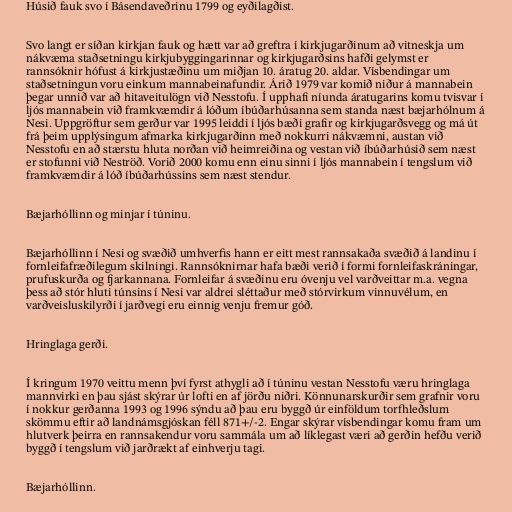
Húsið fauk svo í Básendaveðrinu 1799 og eyðilagðist.

Svo langt er síðan kirkjan fauk og hætt var að greftra í kirkjugarðinum að vitneskja um
nákvæma staðsetningu kirkjubyggingarinnar og kirkjugarðsins hafði gelymst er
rannsóknir hófust á kirkjustæðinu um miðjan 10. áratug 20. aldar. Vísbendingar um
staðsetningun voru einkum mannabeinafundir. Árið 1979 var komið niður á mannabein
þegar unnið var að hitaveitulögn við Nesstofu. Í upphafi níunda áratugarins komu tvisvar í
ljós mannabein við framkvæmdir á lóðum íbúðarhúsanna sem standa næst bæjarhólnum á
Nesi. Uppgröftur sem gerður var 1995 leiddi í ljós bæði grafir og kirkjugarðsvegg og má út
frá þeim upplýsingum afmarka kirkjugarðinn með nokkurri nákvæmni, austan við
Nesstofu en að stærstu hluta norðan við heimreiðina og vestan við íbúðarhúsið sem næst
er stofunni við Neströð. Vorið 2000 komu enn einu sinni í ljós mannabein í tengslum við
framkvæmdir á lóð íbúðarhússins sem næst stendur.

Bæjarhóllinn og minjar í túninu.

Bæjarhóllinn í Nesi og svæðið umhverfis hann er eitt mest rannsakaða svæðið á landinu í
fornleifafræðilegum skilningi. Rannsóknirnar hafa bæði verið í formi fornleifaskráningar,
prufuskurða og fjarkannana. Fornleifar á svæðinu eru óvenju vel varðveittar m.a. vegna
þess að stór hluti túnsins í Nesi var aldrei sléttaður með stórvirkum vinnuvélum, en
varðveisluskilyrði í jarðvegi eru einnig venju fremur góð.

Hringlaga gerði.

Í kringum 1970 veittu menn því fyrst athygli að í túninu vestan Nesstofu væru hringlaga
mannvirki en þau sjást skýrar úr lofti en af jörðu niðri. Könnunarskurðir sem grafnir voru
í nokkur gerðanna 1993 og 1996 sýndu að þau eru byggð úr einföldum torfhleðslum
skömmu eftir að landnámsgjóskan féll 871+/-2. Engar skýrar vísbendingar komu fram um
hlutverk þeirra en rannsakendur voru sammála um að líklegast væri að gerðin hefðu verið
byggð í tengslum við jarðrækt af einhverju tagi.

Bæjarhóllinn.